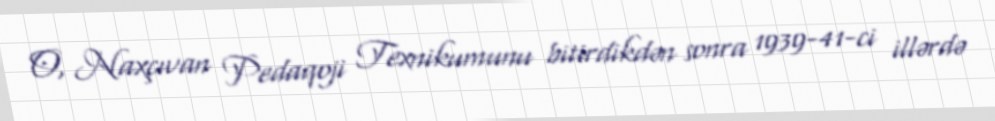
O, Naxçıvan Pedaqoji Texnikumunu bitirdikdən sonra 1939-41-ci illərdə